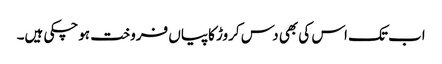
اب تک اس کی بھی دس کروڑ کاپیاں فروخت ہوچکی ہیں۔